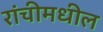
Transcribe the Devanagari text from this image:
रांचीमधील